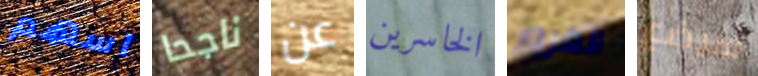
اسهم ناجحا عن الخاسرين الغرور سيضع